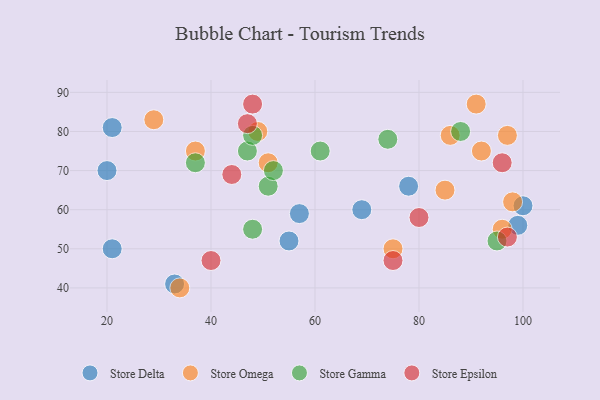
{"axis": {"x": "GDP", "y": "Life Expectancy"}, "legend": ["Store Delta", "Store Epsilon", "Store Gamma", "Store Omega"], "data": [{"x": "55", "y": 52, "type": "Store Delta"}, {"x": "69", "y": 60, "type": "Store Delta"}, {"x": "99", "y": 56, "type": "Store Delta"}, {"x": "100", "y": 61, "type": "Store Delta"}, {"x": "57", "y": 59, "type": "Store Delta"}, {"x": "78", "y": 66, "type": "Store Delta"}, {"x": "20", "y": 70, "type": "Store Delta"}, {"x": "33", "y": 41, "type": "Store Delta"}, {"x": "21", "y": 81, "type": "Store Delta"}, {"x": "21", "y": 50, "type": "Store Delta"}, {"x": "86", "y": 79, "type": "Store Omega"}, {"x": "97", "y": 79, "type": "Store Omega"}, {"x": "34", "y": 40, "type": "Store Omega"}, {"x": "37", "y": 75, "type": "Store Omega"}, {"x": "29", "y": 83, "type": "Store Omega"}, {"x": "92", "y": 75, "type": "Store Omega"}, {"x": "91", "y": 87, "type": "Store Omega"}, {"x": "85", "y": 65, "type": "Store Omega"}, {"x": "98", "y": 62, "type": "Store Omega"}, {"x": "96", "y": 55, "type": "Store Omega"}, {"x": "75", "y": 50, "type": "Store Omega"}, {"x": "49", "y": 80, "type": "Store Omega"}, {"x": "51", "y": 72, "type": "Store Omega"}, {"x": "47", "y": 75, "type": "Store Gamma"}, {"x": "37", "y": 72, "type": "Store Gamma"}, {"x": "74", "y": 78, "type": "Store Gamma"}, {"x": "88", "y": 80, "type": "Store Gamma"}, {"x": "48", "y": 55, "type": "Store Gamma"}, {"x": "95", "y": 52, "type": "Store Gamma"}, {"x": "48", "y": 79, "type": "Store Gamma"}, {"x": "51", "y": 66, "type": "Store Gamma"}, {"x": "52", "y": 70, "type": "Store Gamma"}, {"x": "61", "y": 75, "type": "Store Gamma"}, {"x": "44", "y": 69, "type": "Store Epsilon"}, {"x": "48", "y": 87, "type": "Store Epsilon"}, {"x": "47", "y": 82, "type": "Store Epsilon"}, {"x": "96", "y": 72, "type": "Store Epsilon"}, {"x": "40", "y": 47, "type": "Store Epsilon"}, {"x": "75", "y": 47, "type": "Store Epsilon"}, {"x": "97", "y": 53, "type": "Store Epsilon"}, {"x": "80", "y": 58, "type": "Store Epsilon"}]}